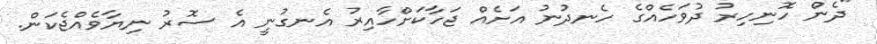
"ދެން ހޮނިހިރު ދުވަހެއްގެ ހެނދުނު އަށެއް ޖަހާކަށްހާއިރު އެނގުނީ އެ ސޮރު ނިޔާވެއްޖެކަން.